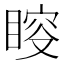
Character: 𥈃